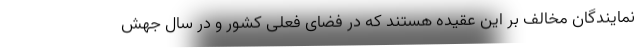
نمایندگان مخالف بر این عقیده هستند که در فضای فعلی کشور و در سال جهش